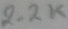
Text: 2.2K